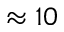
\approx 1 0